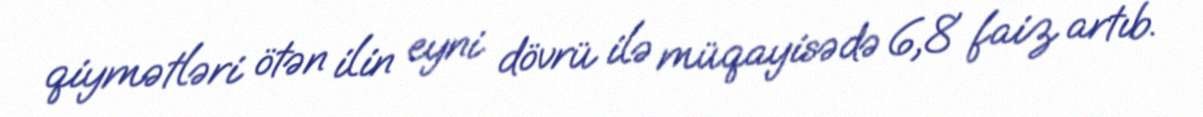
qiymətləri ötən ilin eyni dövrü ilə müqayisədə 6,8 faiz artıb.